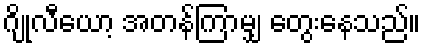
ဂျိုလီယော့ အတန်ကြာမျှ တွေးနေသည်။